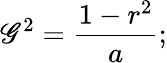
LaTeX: \mathscr{G}^{2}={\frac{{1-r^{2}}}{{a}}};